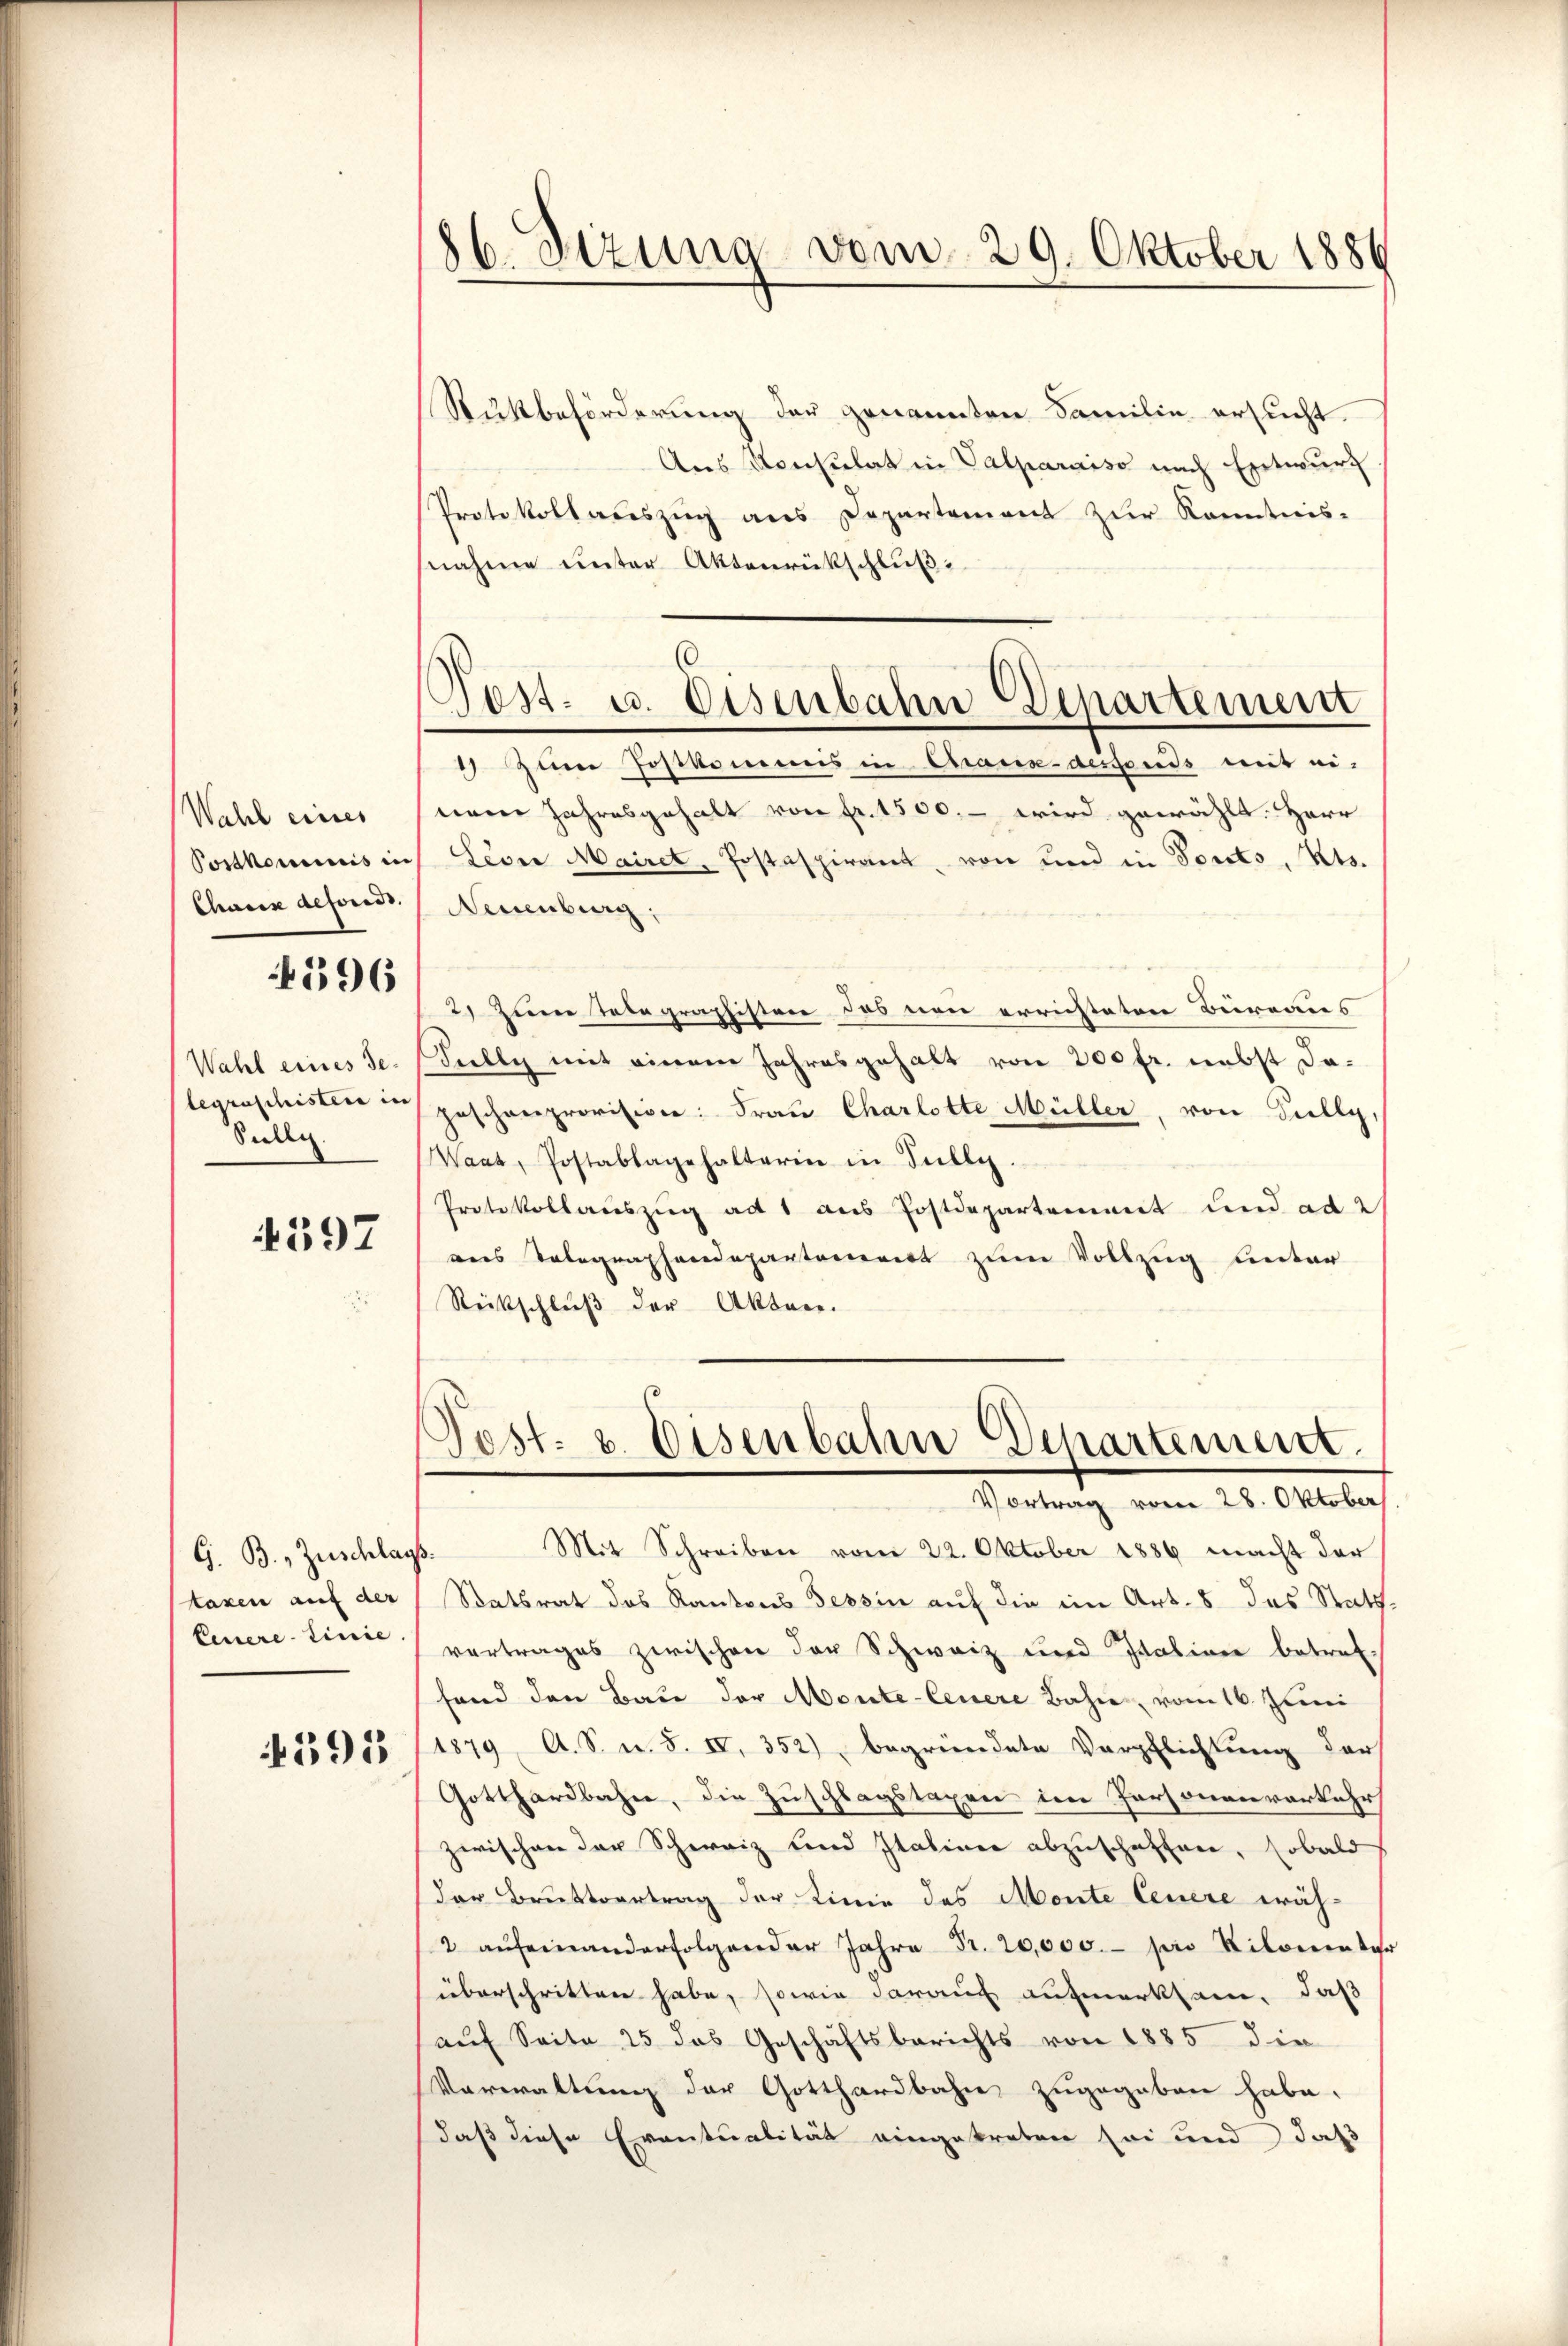
Wahl eines
Postkommnis in
Charin defonds.

4396

legraphistere in
Selle.

4397

G. B., Zuschlags.
taxen auf der
Feuere Linie.

4395

Rutbeförderung der genannten Familie ersucht.
Aus Konsulat in Valparaiso nach Entwurf
Protokollauszug aus Departement zur Kenntnis-
nahme unter Aktenrückschluß:

86. Sizung vom 29. Oktober 1886

.
Pest. u. Eisenbahn Departement

Post- u. Eisenbahn Departement.
Vortrag vom 28. Oktober
Mit Schreiben vom 22. Oktober 1886 macht der

Zum Postkommis in Chaux-dessends mit ei-
nem Jahresgehalt von fr. 1500.- wird gewählt. Herr
Sever Mairet, Postaspirant, von und in Tonts, Kts.
Neuenburg,
2) Zum Telegraphisten das neu errichteten Büreaus
Wahl eines Se. (Sully mit einem Jahresgehalt von 200 fr. nebst dageschenprovision: Frau Charlotte Müller, von Fully,
Waat, Postablagehalterin in Fully.
Protokollauszug ad 1 aus Postdepartement und ad 2
aus Telegraphendepartoniert zum Vollzug unter
Rückschluß der Akten.

Statsrat des Kantons Tessin auf die im Art. 8 das Stattvertrages zwischen der Schweiz und Italinen betreffand den Bau der Monte-Ceuere Bahn vom 16. Juni
1879, A. S. n. F. IV, 352) begründete Verpflichtung der
Gotthardbahn, die Zuschlagstaxen im Personenverkehr
zwischen der Schweiz land Italiner abzuschaffen, sobald
der Bruttvertrag der Linie des Monte Feuere wäh¬
2 aŭf einanderfolgender Jahre Fr. 20,000.- pro Kilomenter
überschritten habe, sowie darauf aufmerksam, daß
auf Seite 25 das Geschäftsberichts von 1885 die
Verwaltung der Gotthardbahn zugegeben habe.
daß diese Eventualität eingetreten sei und daß